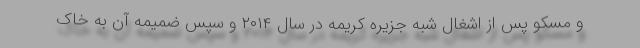
و مسکو پس از اشغال شبه جزیره کریمه در سال ۲۰۱۴ و سپس ضمیمه آن به خاک